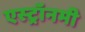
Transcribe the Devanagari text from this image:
एस्‍ट्रॉनमी